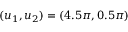
( u _ { 1 } , u _ { 2 } ) = ( 4 . 5 \pi , 0 . 5 \pi )